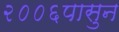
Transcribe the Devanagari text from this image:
२००६पासुन